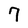
Character: 7